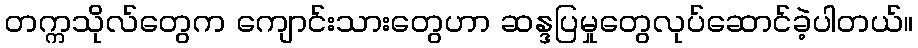
တက္ကသိုလ်တွေက ကျောင်းသားတွေဟာ ဆန္ဒပြမှုတွေလုပ်ဆောင်ခဲ့ပါတယ်။